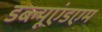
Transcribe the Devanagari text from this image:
डब्ल्यूएंडएम